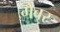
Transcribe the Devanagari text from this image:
गेबर